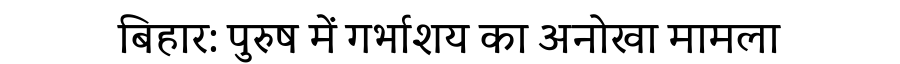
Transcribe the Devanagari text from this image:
बिहार: पुरुष में गर्भाशय का अनोखा मामला